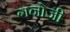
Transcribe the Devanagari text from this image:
गनोजी